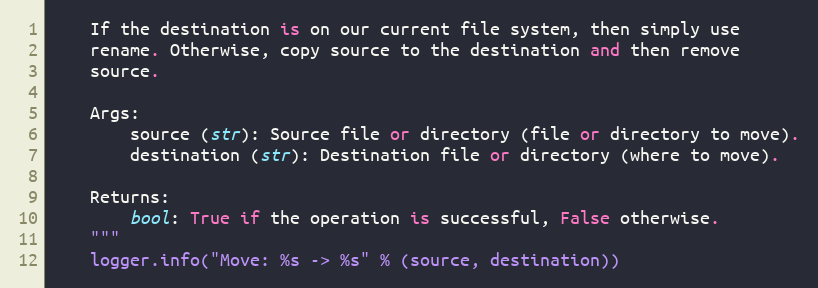
Language: Python
    If the destination is on our current file system, then simply use
    rename. Otherwise, copy source to the destination and then remove
    source.

    Args:
        source (str): Source file or directory (file or directory to move).
        destination (str): Destination file or directory (where to move).

    Returns:
        bool: True if the operation is successful, False otherwise.
    """
    logger.info("Move: %s -> %s" % (source, destination))